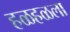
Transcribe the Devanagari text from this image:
हळहळला